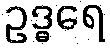
ဥဒ္ဓရေ